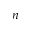
n